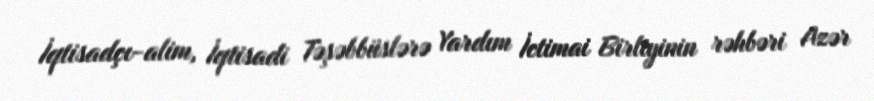
İqtisadçı-alim, İqtisadi Təşəbbüslərə Yardım İctimai Birliyinin rəhbəri Azər